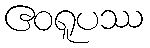
ဧဝရူပဿ